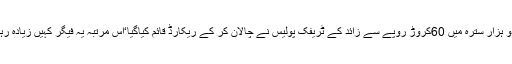
دو ہزار سترہ میں 60کروڑ روپے سے زائد کے ٹریفک پولیس نے چالان کر کے ریکارڈ قائم کیاگیا‘اس مرتبہ یہ فیگر کہیں زیادہ رہا۔